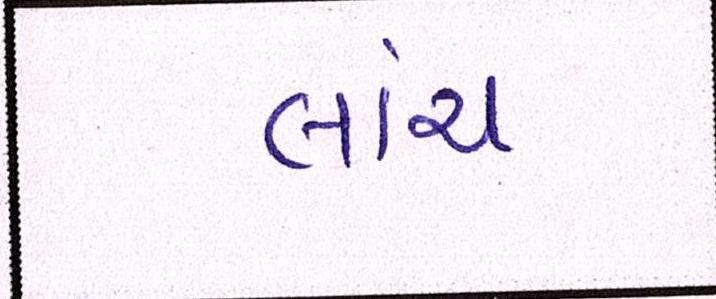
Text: લાંચ